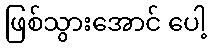
ဖြစ်သွားအောင် ပေါ့